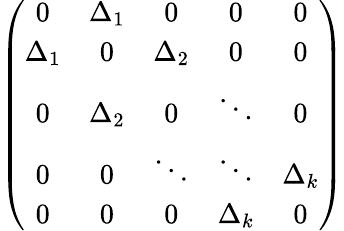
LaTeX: \left(\begin{array}{ccccc}{{0}}&{{\Delta_{1}}}&{{0}}&{{0}}&{{0}}\\ {{\Delta_{1}}}&{{0}}&{{\Delta_{2}}}&{{0}}&{{0}}\\ {{0}}&{{\Delta_{2}}}&{{0}}&{{\ddots}}&{{0}}\\ {{0}}&{{0}}&{{\ddots}}&{{\ddots}}&{{\Delta_{k}}}\\ {{0}}&{{0}}&{{0}}&{{\Delta_{k}}}&{{0}}\end{array}\right)